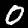
Digit: 0